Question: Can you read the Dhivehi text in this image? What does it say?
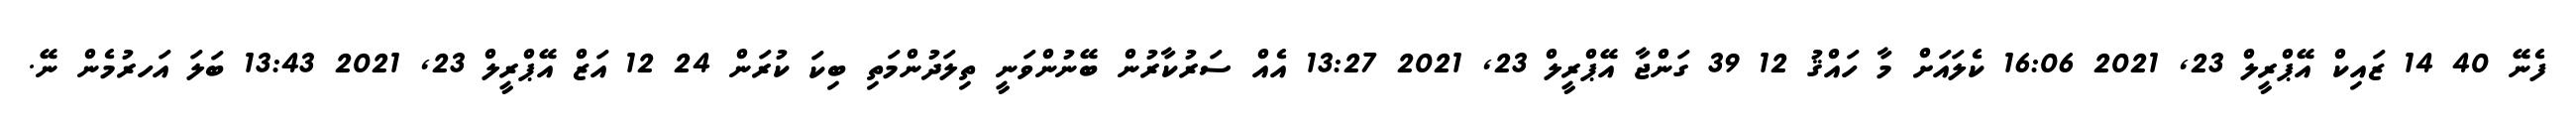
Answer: ފެނޭ 40 14 ޒައިކް އޭޕްރީލް 23, 2021 16:06 ކެލައަށް މާ ހައްޤު 12 39 ގަންޖާ އޭޕްރީލް 23, 2021 13:27 އެއް ސަރުކާރުން ބޭނުންވަނީ ތިލަދުންމަތި ބިކަ ކުރަން 24 12 އަޒް އޭޕްރީލް 23, 2021 13:43 ބަލަ އަހރުމެން ނޭ.